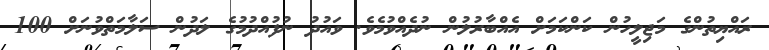
ރައްޔިތުންގެ މަޖިލީހުން ކަންކަމަށް އެއްބާރުލުން ނުދެއްވުމެވެ. ވައުދު ނުފުއްދުމުގެ ލަދުން ސަލާމަތްވުނަށް 100